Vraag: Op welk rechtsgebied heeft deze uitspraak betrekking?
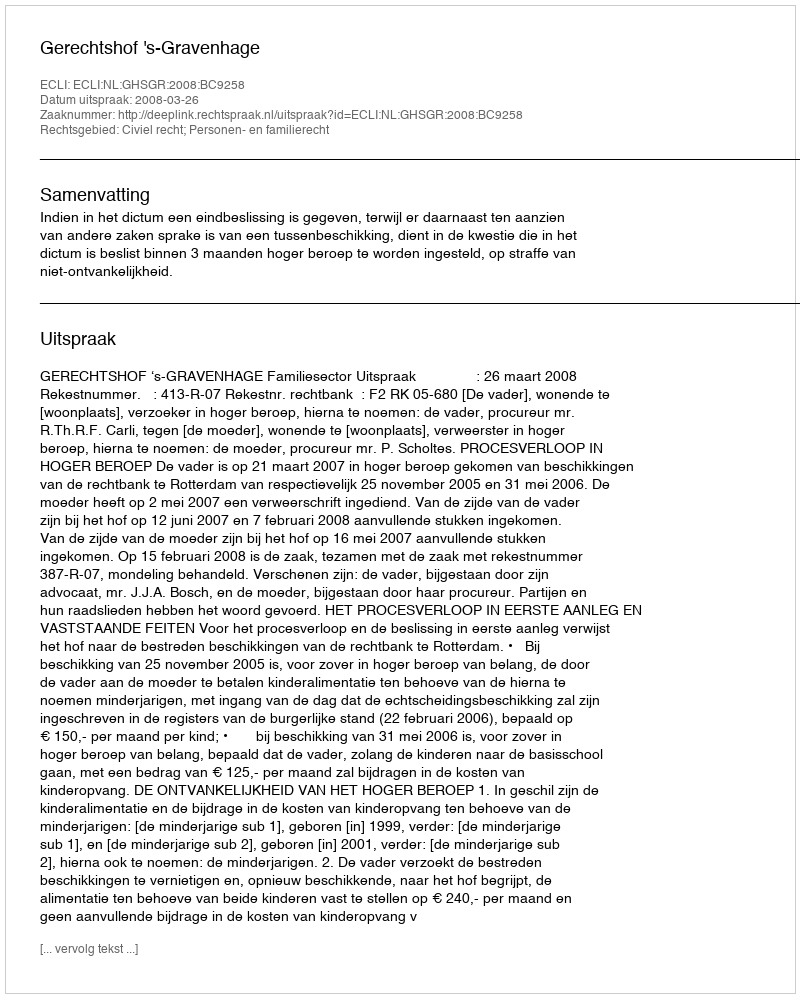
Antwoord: Civiel recht; Personen- en familierecht